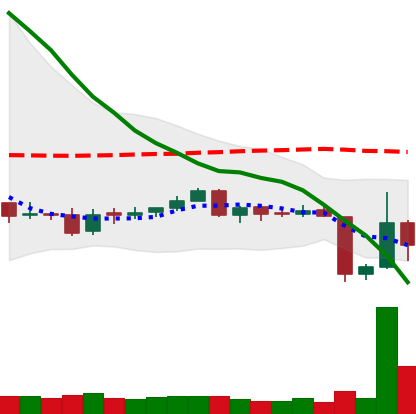
Ticker: ETC-USD
Chart end date: 2018-06-13
Forward return: 8.715%
Label: up_7plus